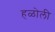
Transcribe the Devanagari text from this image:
हळोली